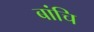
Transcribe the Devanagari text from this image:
बांचि